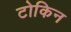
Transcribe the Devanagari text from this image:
टोकिन